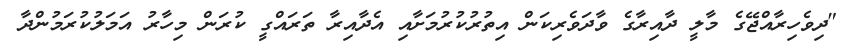
"ދިވެހިރާއްޖޭގެ މާލީ ދާއިރާގެ ވާދަވެރިކަން އިތުރުކުރުމަށާއި އެދާއިރާ ތަރައްގީ ކުރަން މިހާރު އަމަލުކުރަމުންދާ